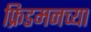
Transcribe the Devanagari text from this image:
फ्रिडमनच्या